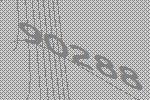
90288